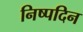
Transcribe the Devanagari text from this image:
निष्पदिन